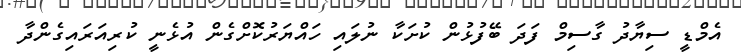
އެމްޑީ ސިޔާދު ގާސިމް ފަދަ ބޭފުޅުން ކުށަކާ ނުލައި ހައްޔަރުކޮށްގެން އުޅެނީ ކުރިއަރައިގެންދާ